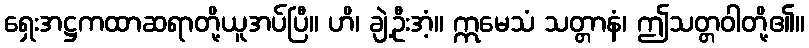
ရှေးအဋ္ဌကထာဆရာတို့ယူအပ်ပြီ။ ဟိ၊ ချဲ့ဦးအံ့။ ဣမေသံ သတ္တာနံ၊ ဤသတ္တဝါတို့၏။